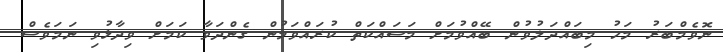
ނޮވެމްބަރު މަހު މިބައްދަލުވުން ބޭއްވުމަށް މަސައްކަތް ކުރައްވަމުން ގެންދަވާ ކަމަށް ވިދާޅުވި ނަމަވެސް